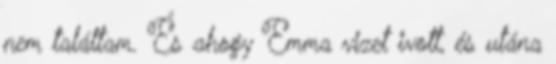
nem találtam. És ahogy Emma vizet ivott, és utána